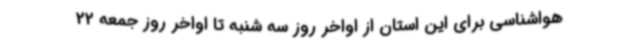
هواشناسی برای این استان از اواخر روز سه شنبه تا اواخر روز جمعه 22